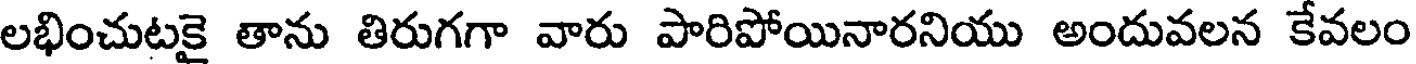
లభించుటకై తాను తిరుగగా వారు పారిపోయినారనియు అందువలన కేవలం